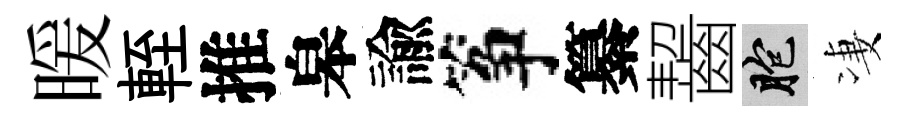
暖輊推皋諭筝纂齧胞凄